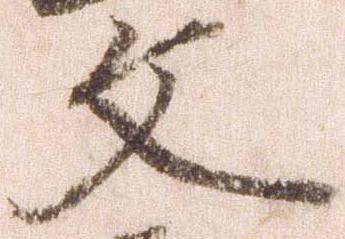
文